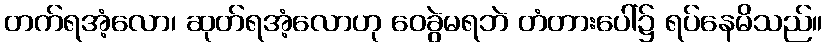
တက်ရအံ့လော၊ ဆုတ်ရအံ့လောဟု ဝေခွဲမရဘဲ တံတားပေါ်၌ ရပ်နေမိသည်။